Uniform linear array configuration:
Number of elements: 32
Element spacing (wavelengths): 0.5
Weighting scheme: blackman
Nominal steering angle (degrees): -30
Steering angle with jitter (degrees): -28.165
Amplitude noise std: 0.05
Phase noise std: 0.05

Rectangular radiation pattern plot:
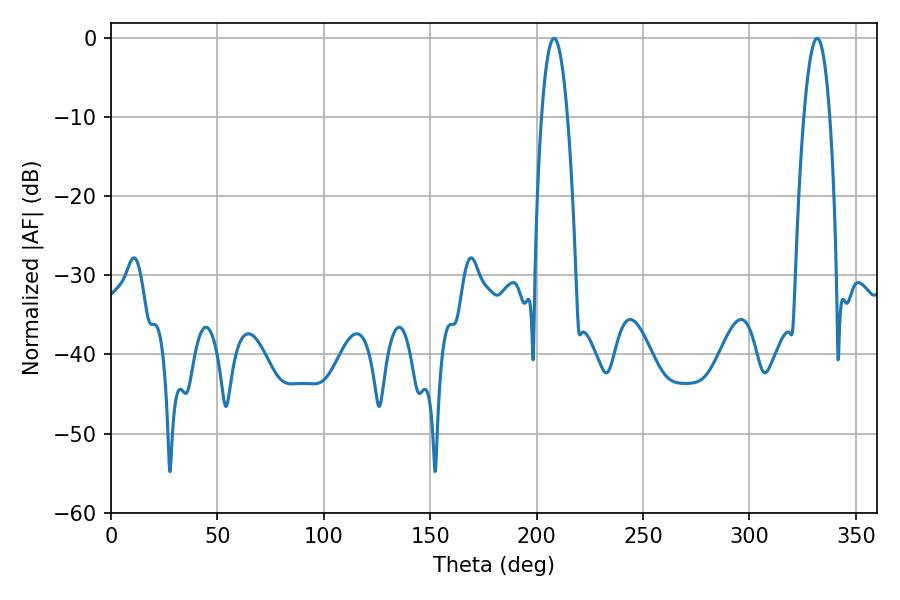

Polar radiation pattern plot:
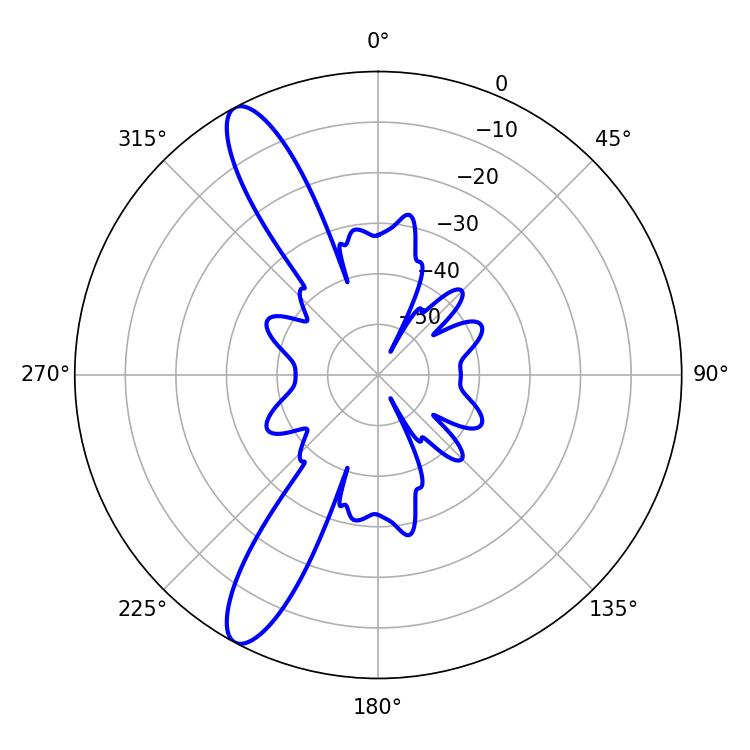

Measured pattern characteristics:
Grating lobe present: FALSE
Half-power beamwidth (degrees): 6.84
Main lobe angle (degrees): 331.74